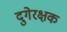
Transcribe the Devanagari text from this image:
दुगेरक्षक